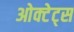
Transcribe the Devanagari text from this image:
ओक्टेट्स